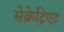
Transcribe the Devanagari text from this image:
सेक्रेट्रिएट